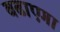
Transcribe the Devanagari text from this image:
बढाएगा